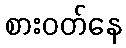
စားဝတ်နေ